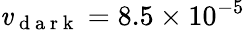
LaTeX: \mathit{v}_{\mathrm{{~d~a~r~k~}}}=8.5\times10^{-5}